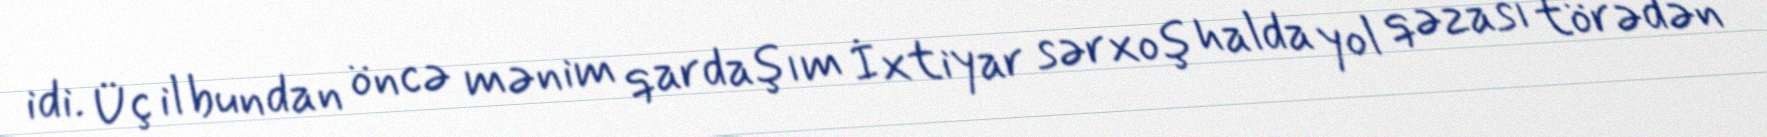
idi. Üç il bundan öncə mənim qardaşım İxtiyar sərxoş halda yol qəzası törədən